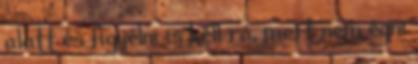
alatt és figyelni is kell rá, mert nem égni